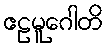
ဧဠမူဂေါတိ